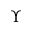
\boldsymbol { \Upsilon }